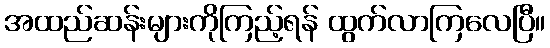
အထည်ဆန်းများကိုကြည့်ရန် ထွက်လာကြလေပြီ။